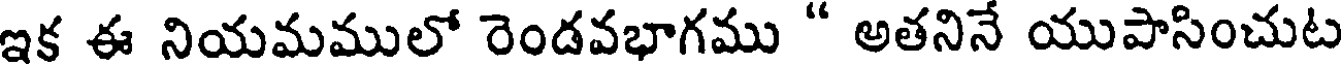
ఇక ఈ నియమములో రెండవభాగము " అతనినే యుపాసించుట